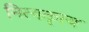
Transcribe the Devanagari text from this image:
नित्यकृत्य